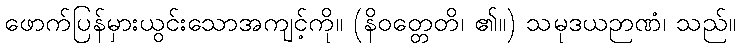
ဖောက်ပြန်မှားယွင်းသောအကျင့်ကို။ (နိဝတ္တေတိ၊ ၏။) သမုဒယဉာဏံ၊ သည်။